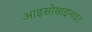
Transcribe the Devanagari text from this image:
आइसोसाइनाइट